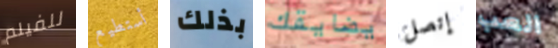
للفيلم أستطيع بذلك يضايقك إتصل العب